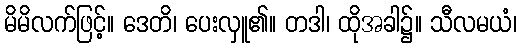
မိမိလက်ဖြင့်။ ဒေတိ၊ ပေးလှူ၏။ တဒါ၊ ထိုအခါ၌။ သီလမယံ၊